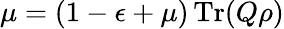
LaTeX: \mu=(1-\epsilon+\mu)\operatorname{Tr}(Q\rho)